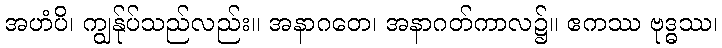
အဟံပိ၊ ကျွန်ုပ်သည်လည်း။ အနာဂတေ၊ အနာဂတ်ကာလ၌။ ဧကဿ ဗုဒ္ဓဿ၊